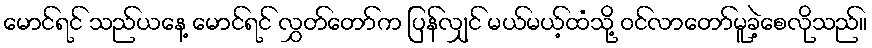
မောင်ရင် သည်ယနေ့ မောင်ရင် လွှတ်တော်က ပြန်လျှင် မယ်မယ့်ထံသို့ ဝင်လာတော်မူခဲ့စေလိုသည်။